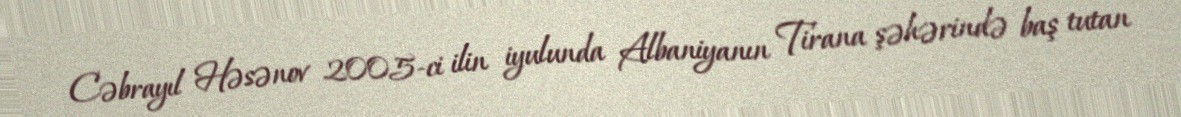
Cəbrayıl Həsənov 2005-ci ilin iyulunda Albaniyanın Tirana şəhərində baş tutan